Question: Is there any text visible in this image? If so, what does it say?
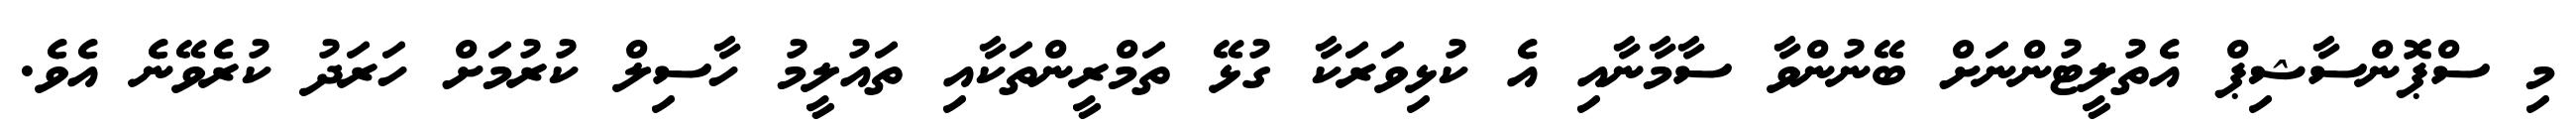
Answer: މި ސްޕޮންސާޝިޕް އެތުލީޓުންނަށް ބޭނުންވާ ސާމާނާއި އެ ކުޅިވަރަކާ ގުޅޭ ތަމްރީންތަކާއި ތައުލީމު ހާސިލް ކުރުމަށް ހަރަދު ކުރެވޭނެ އެވެ.